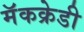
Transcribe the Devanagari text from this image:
मॅकक्रेडी